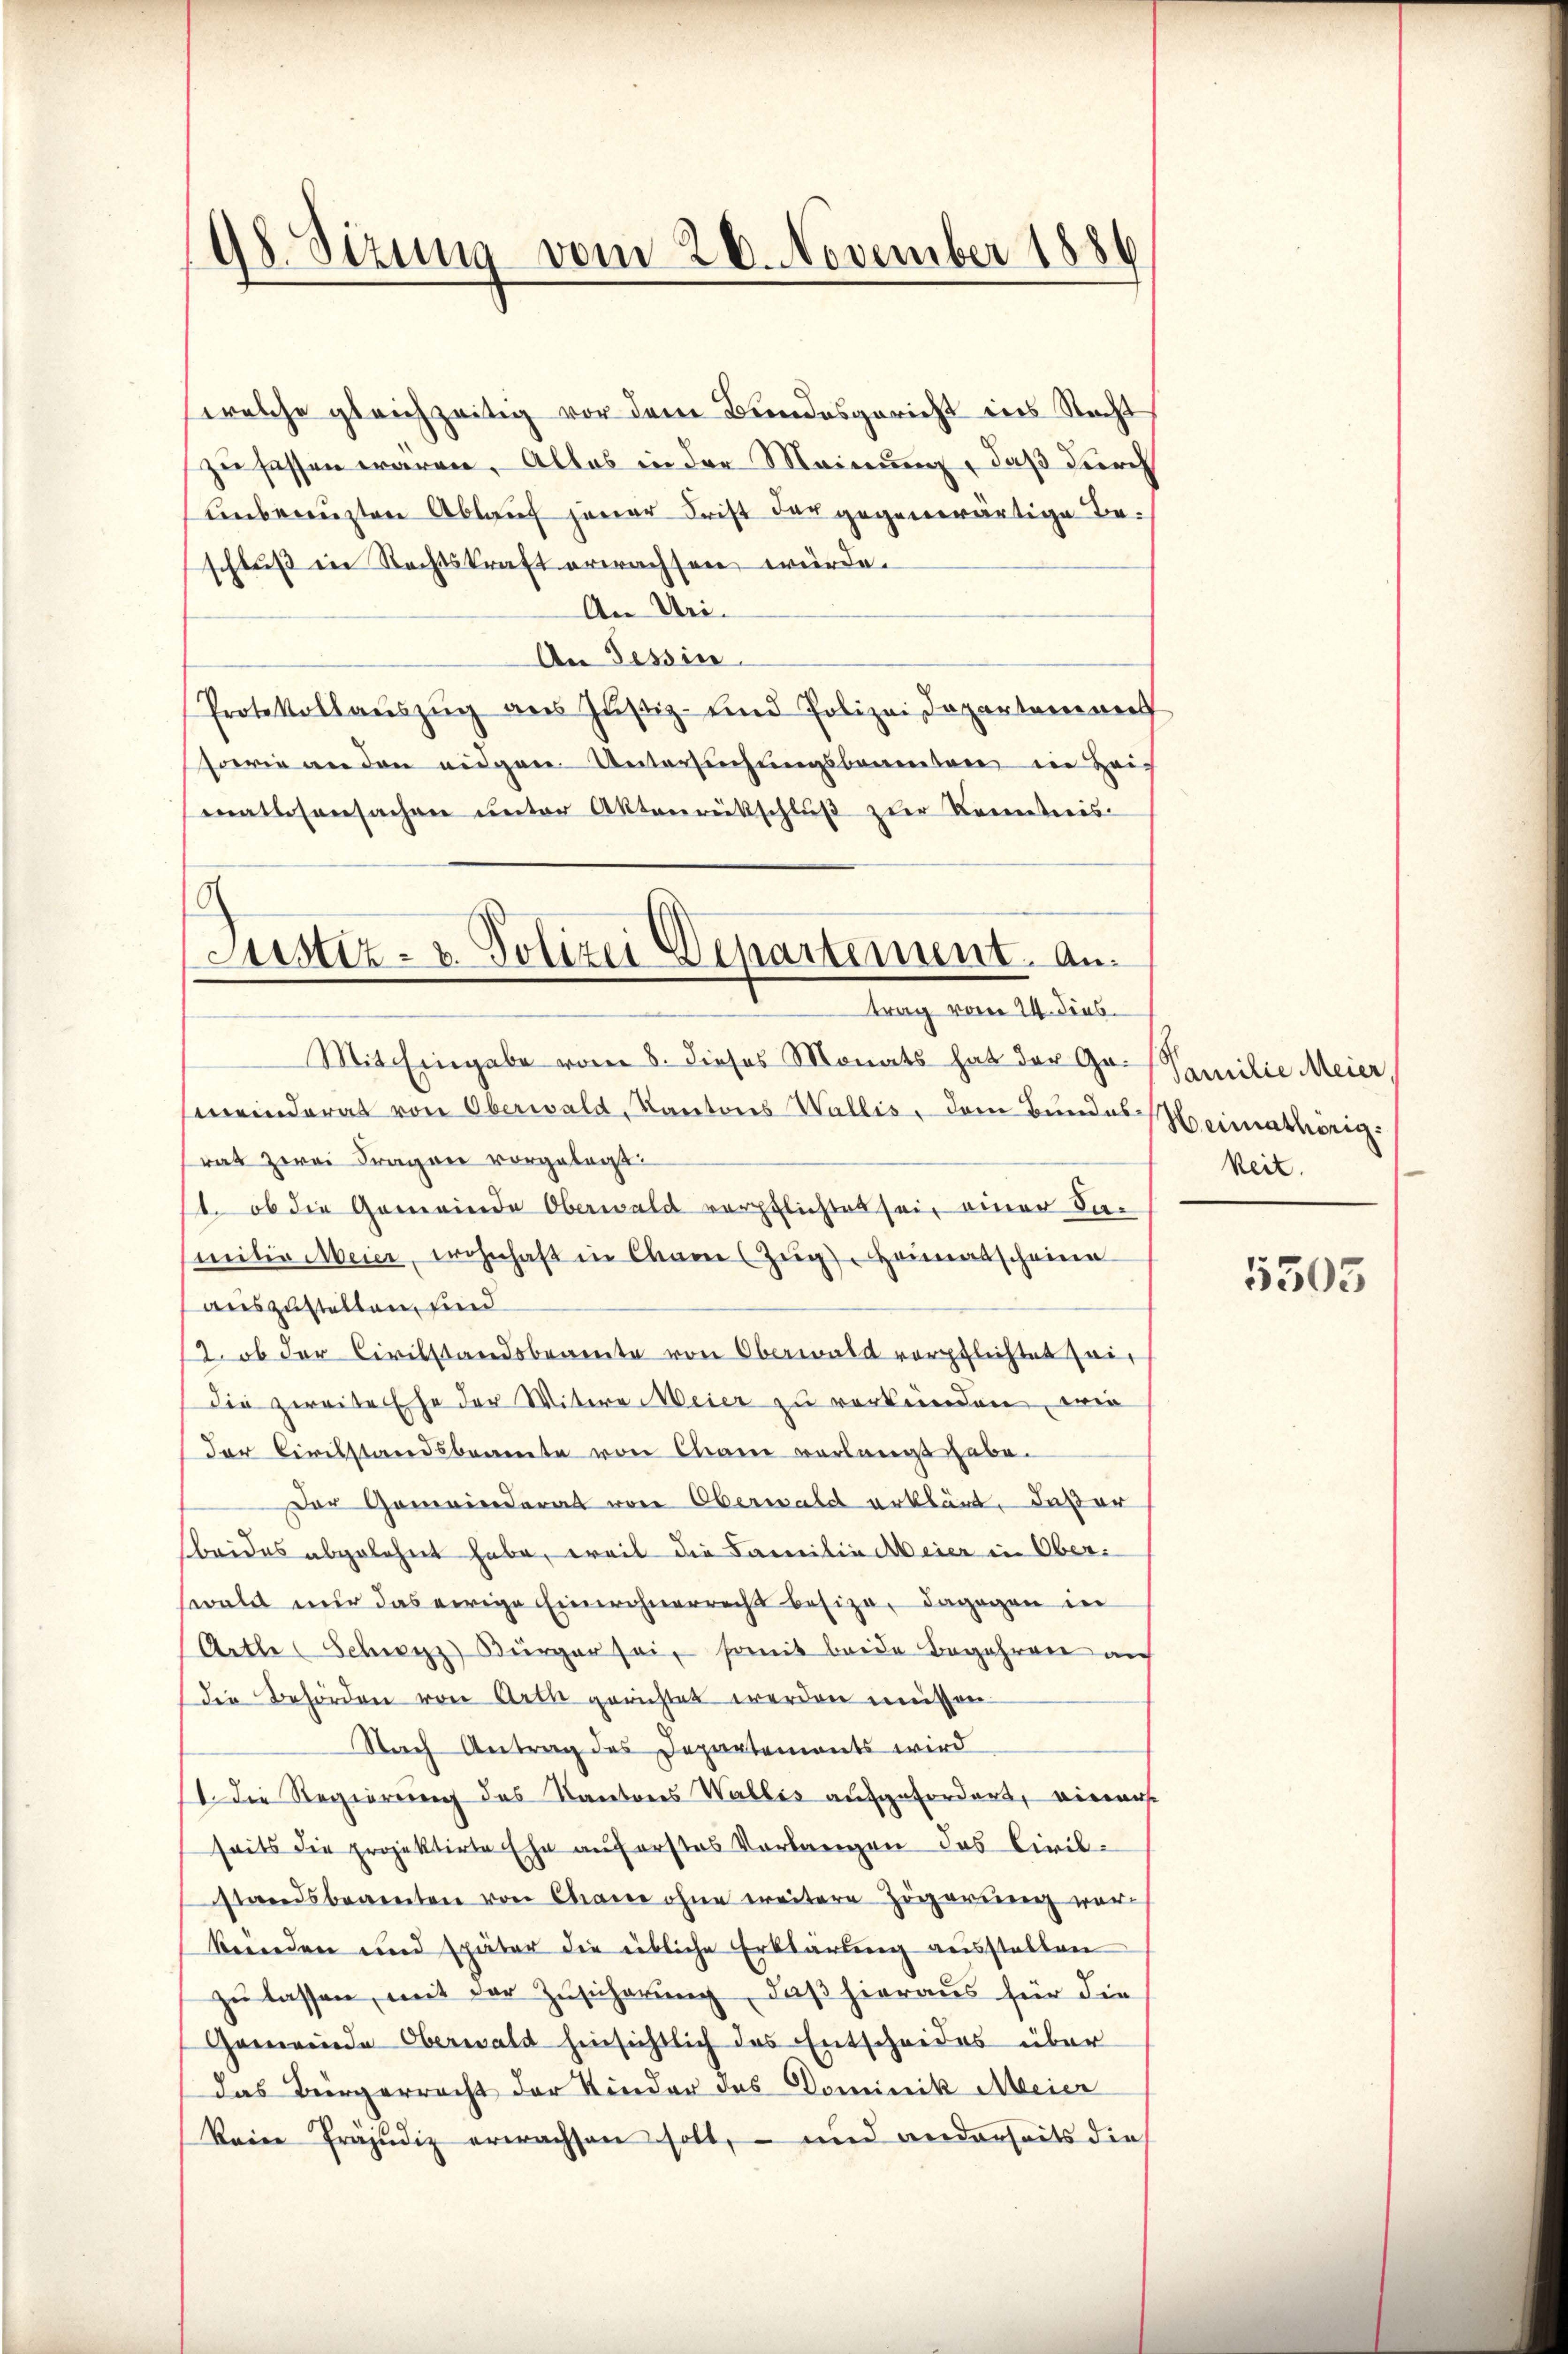
98. Sizung vom 26. November 1886

welche gleichzeitig vor dem Bundesgericht ins Recht
zu fassen wären. Alles in der Meinung, daß durch
Unbrauzten Ablauf jener Frist der gegenwärtige Beschluß in Rechtskraft erwachsen würde.
An Uri.
An Tessin.
Protokollaŭszŭg ans Justiz- und Polizeidepartement
sowie an den eidgen Untersuchungsbeamten in Hei-
matlosensachen ŭnter Aktenrückschlŭβ zŭr Kenntnis-
Mit Eingabe vom 8. dieses Monats hat der Gemeinderat von Oberwald, Kantons Wallis, dem Bundes Heimathörigrat zwei Fragner vorgelegt:
st, ob die Gemeinde Oberwald verpflichtet sei, einer Inmitin Meier, wohnhaft in Cham (Zug Heimatscheine
auszustellen, und
2. ob der Civilstandsbeamte von Oberwald verpflichtet sei,
die zweite Ehe der Witere Meier zu verkünden, wie
der Civilstandsbeamte von Chane verlangt habe.
Der Gemeinderat von Oberwald erklärt, daßer
beides abgelehnt habe, weil die Familie Meier in Oberswaldt nur das ewige Einwohnerrecht besize, dagegen in
Artle Schwyz) Bürger sei, somit beide Begehren auf
Die Behörden von Arth gerichtet werden müssen.
Nach Antrag des Departements wird
I. Die Regierung des Kantones Wallis aufgefordert, wiewese
seits die projektirte Ehe auf erstes Vorlangen das Civilstandsbeamten von Chane ohne weitere Zögerung verkünden und später die übliche Erklärung ausstellen
zu lassen, mit der Zusicherung, daß hieraus für die
Gemeinde Oberwald hinsichtlich das Entscheides über
das Bürgerrecht der Kinder des Dominik Meier
keine Präjudiz erwachsen soll, – und anderseits die

.
Justiz- & Polizei Departement. An
trag vom 24. dies

Familie Meier,
keit.

5505